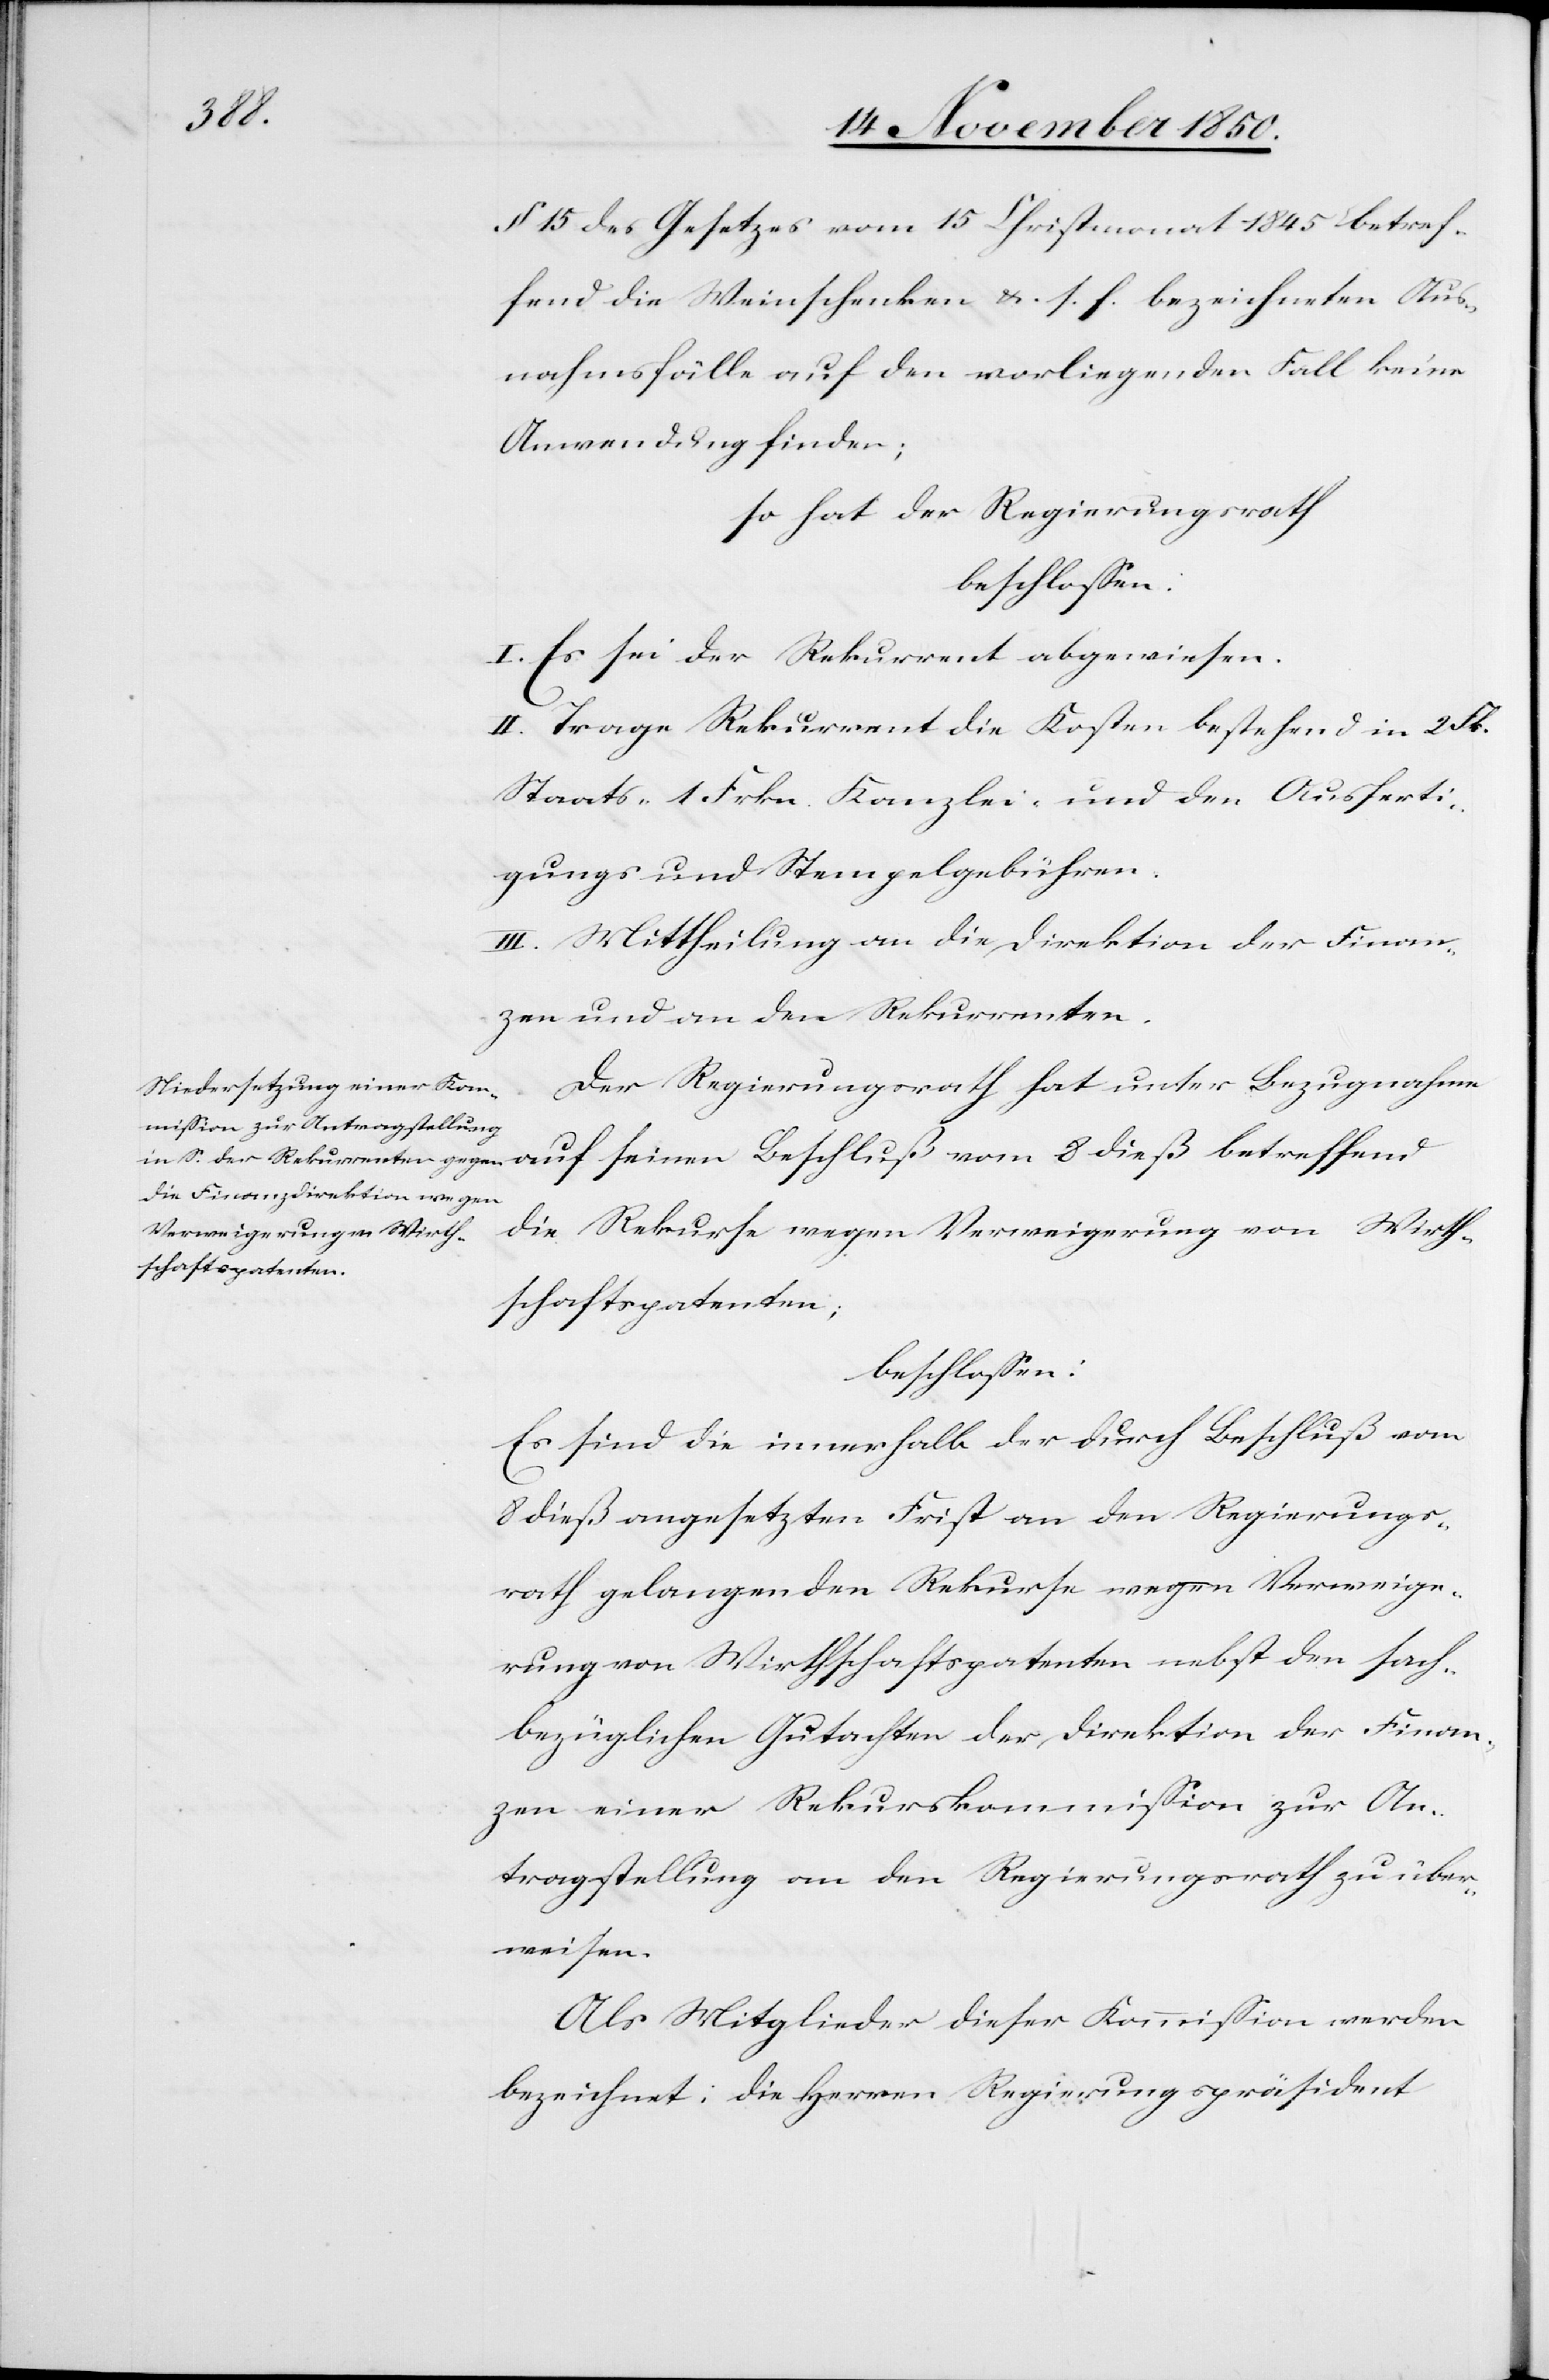
§ 15 des Gesetzes vom 15 Christmonat 1845 betref¬
fend die Weinschenken u. s. f. bezeichneten Aus¬
nahmsfälle auf den vorliegenden Fall keine
Anwendung finden;
so hat der Regierungsrath
beschlossen:
I. Es sei der Rekurrent abgewiesen.
II. Trage Rekurrent die Kosten bestehend in 2.
Staats- 1. Frkn. Kanzlei- und den Ausferti¬
gungs[-] und Stempelgebühren.
III. Mittheilung an die Direktion der Finan¬
zen und an den Rekurrenten.
Der Regierungsrath hat unter Bezugnahme
die Rekurse wegen Verweigerung von Wirth¬
schaftspatenten;
beschlossen:
Es sind die innerhalb der durch Beschluß vom
8 dieß angesetzten Frist an den Regierungs¬
rath gelangenden Rekurse wegen Verweige¬
rung von Wirthschaftspatenten nebst den sach¬
bezüglichen Gutachten der Direktion der Finan¬
zen einer Rekurskommission zur An¬
tragstellung an den Regierungsrath zu über¬
weisen.
Als Mitglieder dieser Kommission werden
bezeichnet: die Herren Regierungspräsident